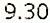
9.30